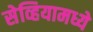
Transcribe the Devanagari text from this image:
सेव्हियामध्ये